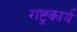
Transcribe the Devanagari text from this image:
राष्ट्रकार्य